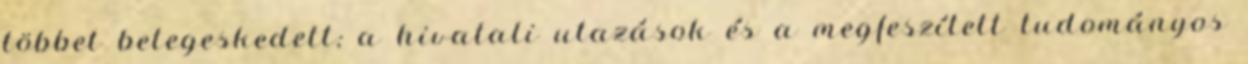
többet betegeskedett; a hivatali utazások és a megfeszített tudományos